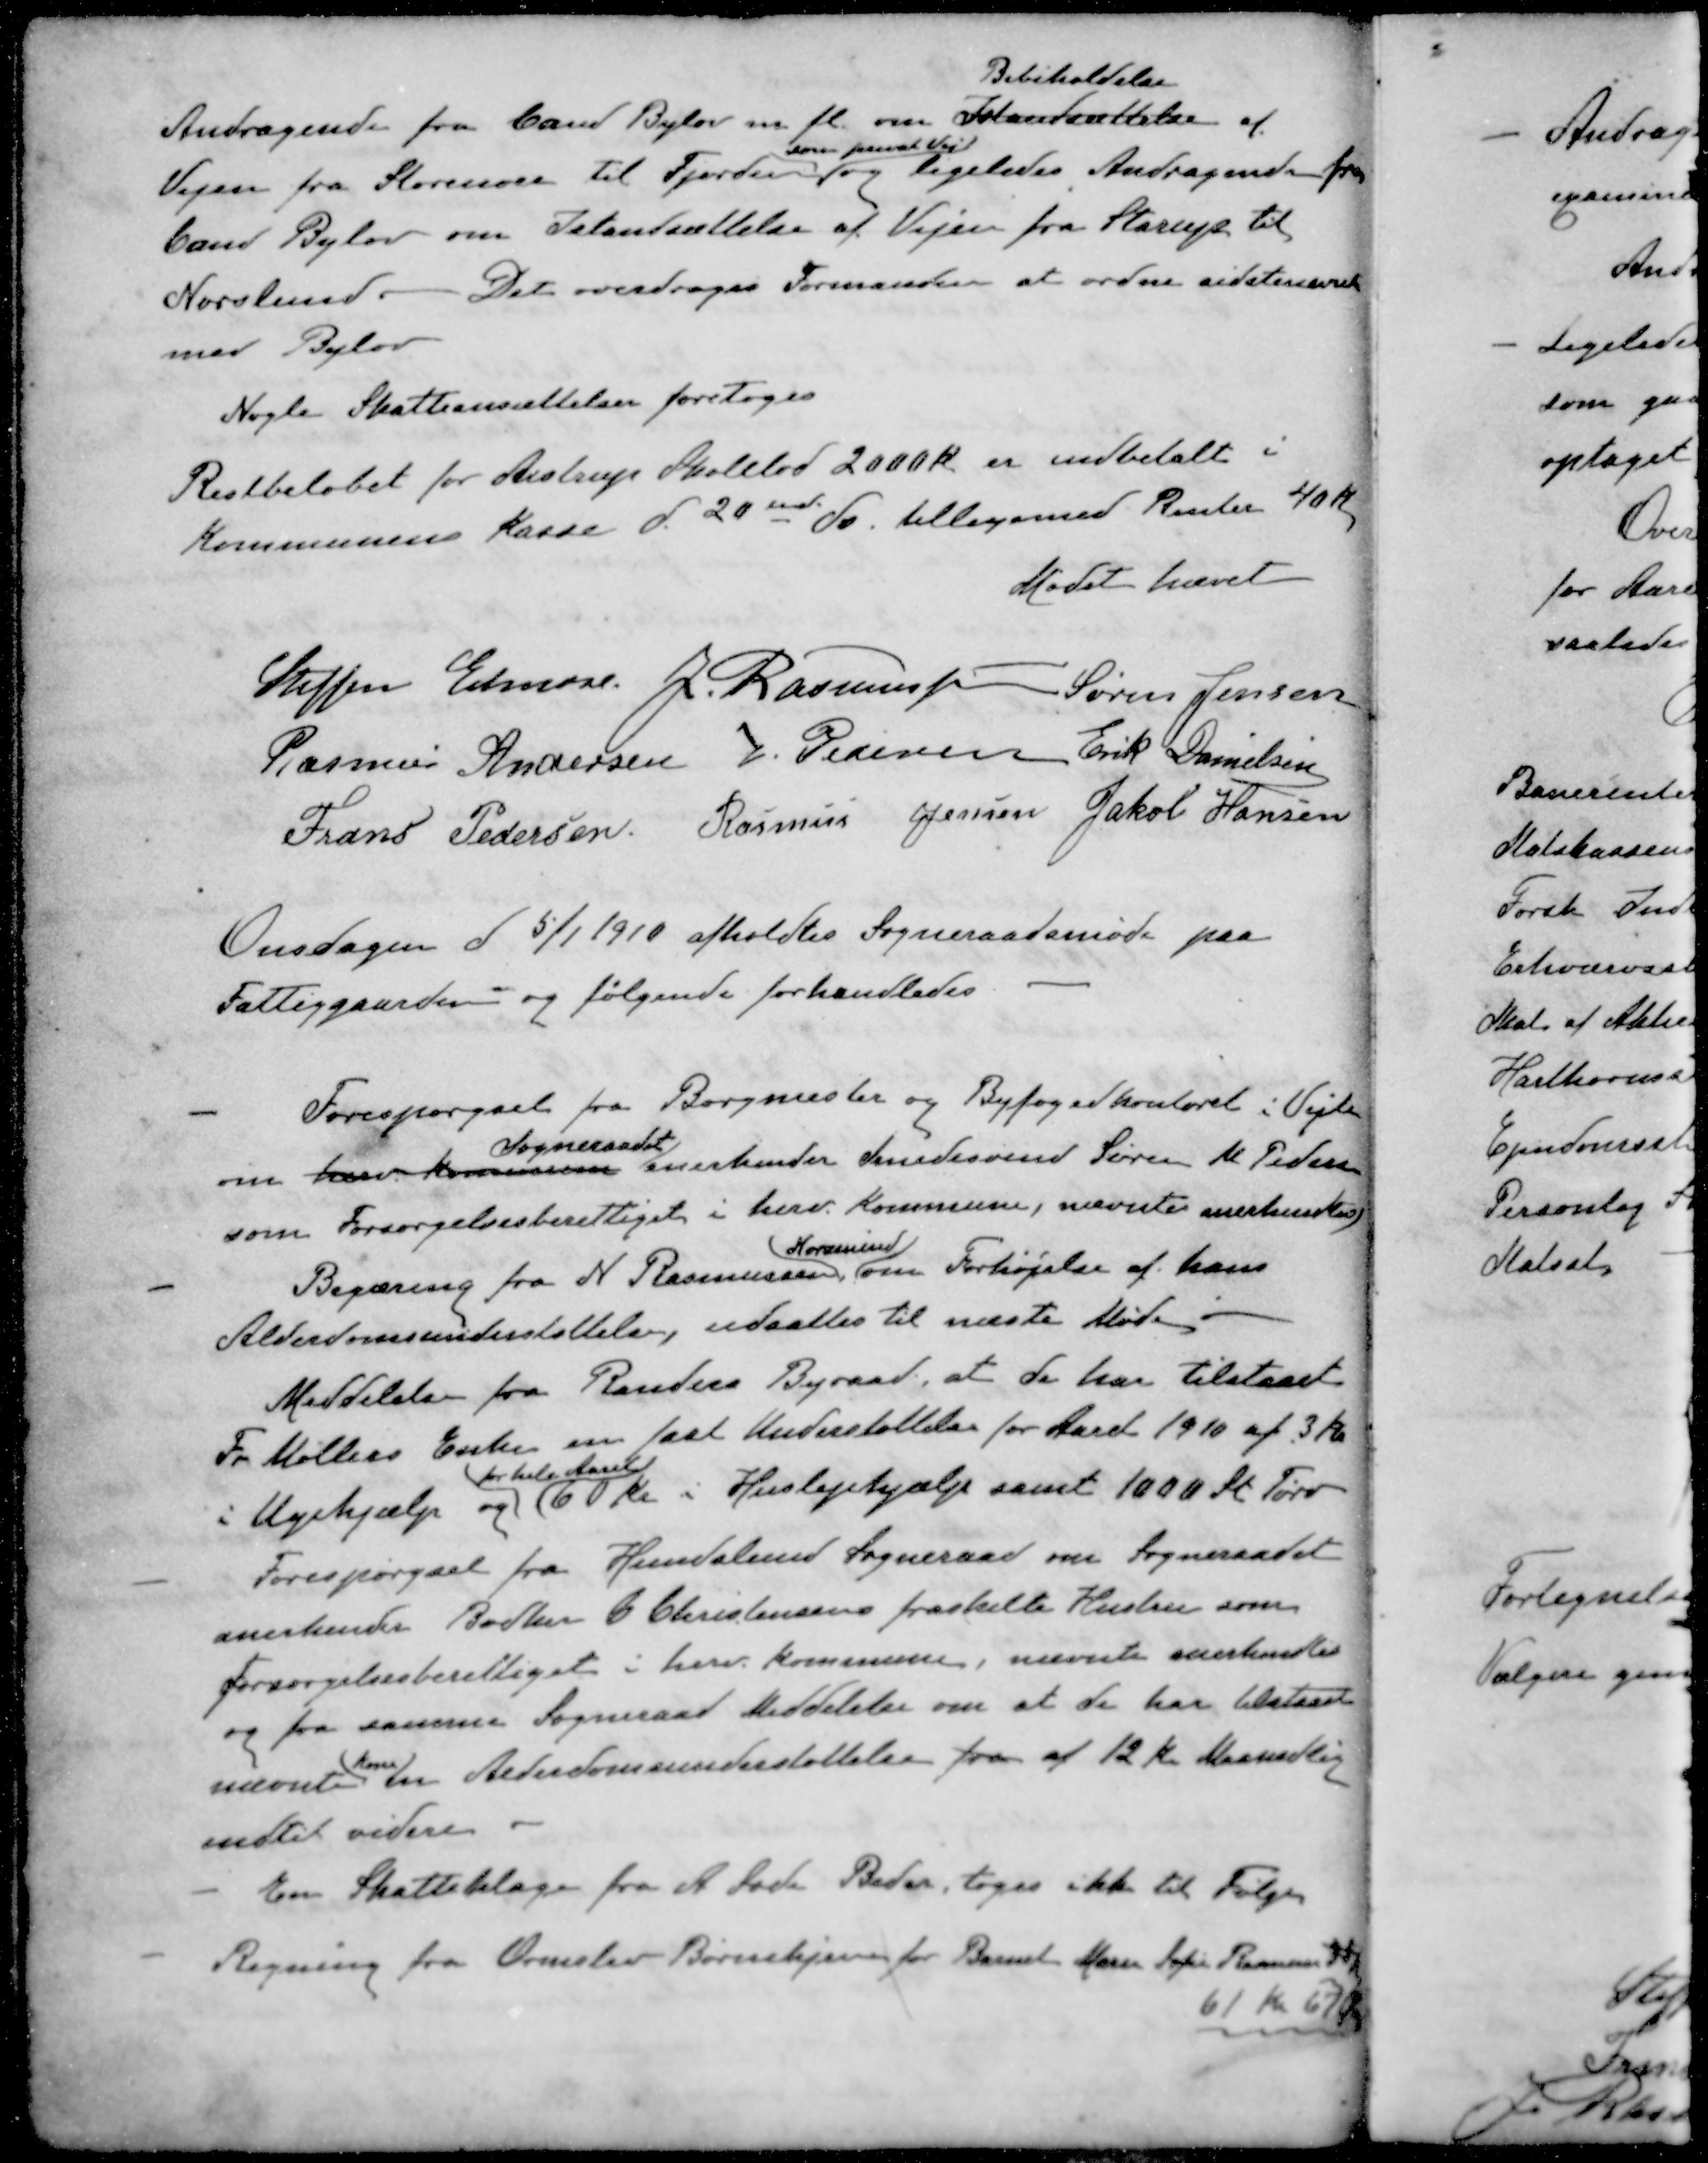
Transskription:
Bibeholdelse
Andragende fra Cand Bylov m. fl. om Istandsættelse af
som privat Vej
Vejen fra Storenor til Fjorden og ligeledes Andragende fra
Cand Bylov om Istandsættelse af Vejen fra Starup til
Norslund. Det overdroges Formanden at ordne sidstnævnte
med Bylov
Nogle Skatteansættelser foretoges
Restbeløbet for Aistrup Skolelod 2000 kr. er indbetalt i
Kommunens Kasse d. 20ende ds tilligemed Renter 40 Kr.
Mødet hævet
Steffen Elmose
J. Rasmussen
Søren Jensen
Rasmus Andersen
J Pedersen
Erik Danielsen
Frans Pedersen
Rasmus Jensen
Jakob Hansen
Onsdagen d 5/1 1910 afholdtes Sogneraadsmøde paa
Fattiggaarden og følgende forhandledes
- Forespørgsel fra Borgmester og Byfogedkontoret i Vejle
Sogneraadet
om herv Kommune anerkender Smedesvend Søren M Pedersen
som Forsørgelsesberettiget i herv. Kommune, nævnte anerkendtes
Norsmind
- Begæring fra N Rasmussen, om Forhøjelse af hans
Alderdomsunderstøttelse, udsattes til næste Møde 
Meddelelse fra Randers Byraad, at de har tilstaaet
Fr Møllers Enke en fast Understøttelse for Aaret 1910 af 3 Kr
for hele Aaret
i Ugehjælp og 60 kr i Huslejehjælp samt 1000 Stk. Tørv
- Forespørgsel fra Hundslund Sogneraad om Sogneraadet
anerkender Bødker C Christensens fraskilte Hustru som
Forsørgelsesberettiget i herv. Kommune, nævnte anerkendtes
og fra samme Sogneraad Meddelelse om at de har tilstaaet
Kone
nævnte en Alderdomsunderstøttelse fra af 12 Kr Maanedlig
indtil videre
- En Skatteklage fra A. Lode Beder, toges ikke til Følgen
- Regning fra Ormslev Børnehjem for Barnet Marie Sofie Rasmuss 
61 Kr 67 Øre